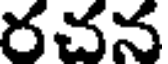
రచన